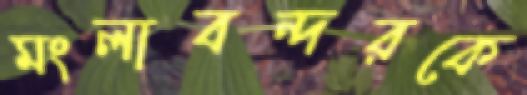
মংলাবন্দরকে